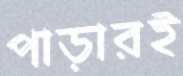
পাড়ারই